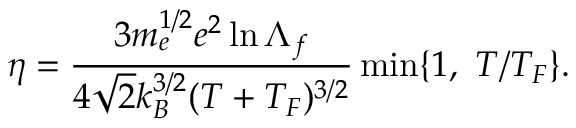
\eta = \frac { 3 m _ { e } ^ { 1 / 2 } e ^ { 2 } \ln { \Lambda _ { f } } } { 4 \sqrt { 2 } k _ { B } ^ { 3 / 2 } ( T + T _ { F } ) ^ { 3 / 2 } } \operatorname* { m i n } \{ 1 , \ T / T _ { F } \} .